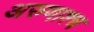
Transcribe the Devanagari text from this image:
अरुणाश्‍च